Report on sanitation, dispensaries, and jails in Rajputana for 1916, and on vaccination for the year 1916-1917 - 1916-1917
Year: 1916
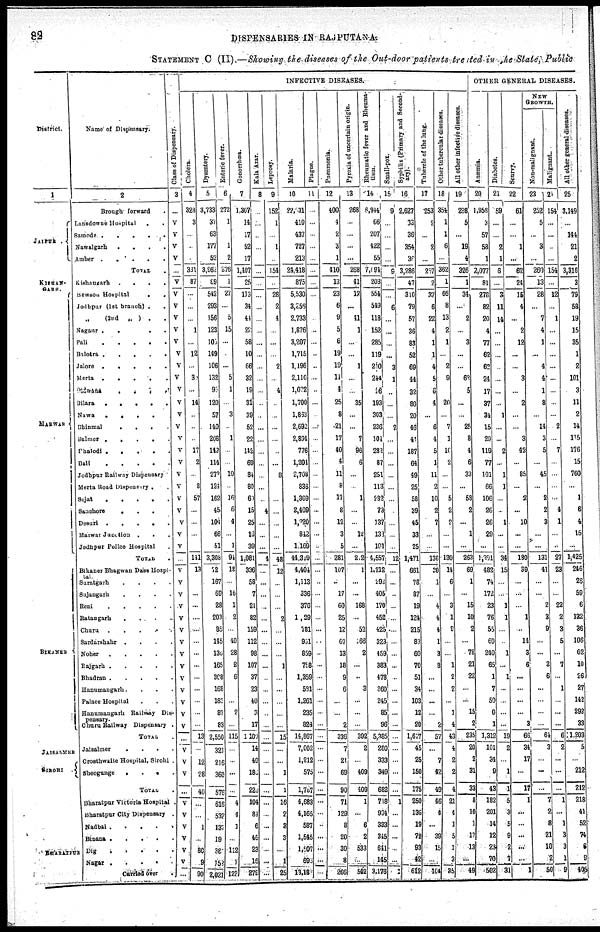
82
DISPENSARIES IN RAJPUTANA.
STATEMENT C (II).—Showing the diseases of the Out-door patients treated in the State, Public
District.
1
JAIPUR .
KISHAN-
GARH.
MARWAR
BIKANER
JAISALMER
SIROHI .
BHARATPUR
Name of Dispensary.
2
Brough forward .
Lansdowne Hospital . .
Samode
.
.
.
.
.
Nawalgarh
.
.
.
.
Amber .
.
.
. .
TOTAL .
Kishangarh .
.
.
.
Bewson Hospital
.
.
Jodhpur (1st branch) .
.
„ (2nd „ ) .
.
Nagaur .
.
. .
Pali
.
.
.
.
.
Balotra
.
.
.
.
.
Jalore .
.
.
.
.
Merta .
.
.
.
.
Didwana
.
.
.
.
Bilara
.
.
.
.
.
Nawa
.
.
.
.
Bhinmal
.
.
.
.
Balmer .
.
.
.
.
Phalodi .
. . . .
Bali
.
.
.
.
.
Jodhpur Railway Dispensary
Merta Road Dispensary . .
Sojat
.
.
.
.
.
Sanchore
.
.
. .
Desuri
.
.
.
.
.
Marwar Junction .
. .
Jodhpur Police Hospital .
TOTAL .
Bikaner Bhagwan Dass Hospi-
tal.
Saratgarh
.
.
.
.
Sujangarh
. . . .
Reni
.
.
.
.
.
Ratangarh
.
.
.
.
Churu .
.
.
.
.
Sardarshahr .
.
.
.
Noher
.
.
.
.
.
Rajgarh
.
.
.
.
.
Bhadran
.
.
.
.
.
Hanumangarh .
.
.
.
Palace Hospital . . .
Hanumangarh Railway Dis-
pensary.
Churu Railway Dispensary .
TOTAL .
Jaisalmer
.
.
.
.
Crosthwaite Hospital, Sirohi .
Sheogunge
.
. . .
TOTAL .
Bharatpur Victoria Hospital .
Bharatpur City Dispensary .
Nadbai
.
.
.
.
.
Binana
.
.
.
.
.
Dig . . . . .
Nagar
.
.
.
.
.
Carried over .
Class of Dispensary.
3
...
V
V
V
V
...
V
V
V
V
V
V
V
V
V
V
V
V
V
V
V
V
V
V
V
V
V
V
V
...
V
V
V
V
V
V
V
V
V
V
V
V
V
V
...
V
V
V
...
V
V
V
V
V
V
...
INFECTIVE DISEASES.
Cholera.
4
328
3
...
...
...
331
87
...
...
...
1
...
12
...
30
...
14
...
...
...
17
2
...
8
57
...
...
...
...
141
13
...
...
...
...
...
...
...
...
...
...
...
...
...
13
...
12
28
40
...
...
1
...
80
9
90
Dysentery.
5
3,733
37
63
177
52
3,962
89
542
293
156
123
105
149
106
132
93
120
57
140
208
142
114
273
124
162
45
104
66
51
3,308
72
167
69
28
203
85
145
136
165
308
168
183
87
83
2,550
321
216
360
576
616
532
137
19
387
152
2,021
Enteric fever.
6
272
1
...
1
2
276
1
27
...
5
15
...
...
...
5
1
...
3
...
1
...
...
10
...
16
6
4
...
1
94
18
...
16
1
2
...
40
28
2
6
...
...
2
...
115
...
...
...
...
4
4
1
...
112
1
122
Gonorrhœa.
7
1,307
14
17
52
17
1,407
25
113
34
44
22
58
10
66
32
19
31
39
52
22
142
69
84
80
61
15
25
16
39
1,081
336
58
7
21
82
159
112
98
107
37
23
40
3
17
1,100
14
40
186
226
104
84
6
46
23
16
279
Kala Azar.
8
...
...
...
...
...
...
...
...
...
...
...
...
...
...
...
...
...
...
...
...
...
...
...
...
...
4
...
...
...
4
...
...
...
...
...
...
...
...
...
...
...
...
...
...
...
...
...
...
...
...
...
...
...
...
...
...
Leprosy.
9
152
1
...
1
...
154
...
28
2
4
...
...
...
2
...
4
...
...
...
...
...
...
8
...
...
...
...
...
...
48
12
...
...
...
2
...
...
...
1
...
...
...
...
...
15
...
...
1
1
16
2
3
3
...
1
25
Malaria.
10
22,331
410
437
727
213
24,418
875
5,530
3,256
2,733
1,876
3,207
1,715
1,196
2,110
1,072
1,700
1,863
2,692
2,894
776
1,204
2,708
838
1,309
2,409
1,220
842
1,169
44,319
4,404
1,113
336
376
1,29
781
931
859
758
1,359
581
1,261
235
824
14,867
7,002
1,212
575
1,767
4,683
4,165
587
1,545
1,507
693
13,189
Plague.
11
...
...
...
...
...
...
...
...
...
...
...
...
...
...
...
...
...
...
...
...
...
...
...
...
...
...
...
...
...
...
...
...
...
...
...
...
...
...
...
...
...
...
...
...
...
...
...
...
...
...
...
...
...
...
...
...
Pneumonia.
12
400
4
2
3
1
410
13
23
6
9
5
6
19
19
11
4
25
8
21
17
40
4
11
8
17
8
12
3
5
281
107
...
17
60
25
12
67
13
18
9
6
...
...
2
336
7
21
69
90
71
129
3
20
30
8
266
Pyrexia of uncertain origin.
13
268
...
...
...
...
268
41
12
...
41
1
...
...
1
...
...
35
...
...
7
96
6
...
...
1
...
...
12
...
212
1
...
...
168
...
52
166
2
...
...
3
...
...
...
392
2
...
409
409
1
...
6
2
533
...
542
Rheumatic fever and Rheuma-
tism.
14
6,944
66
207
422
55
7,694
203
554
549
118
152
285
119
210
244
16
193
303
236
101
282
87
251
113
282
73
137
133
101
4,557
1,212
292
405
170
452
425
323
459
383
478
360
245
85
96
5,385
280
333
349
682
718
994
333
345
641
145
3,176
Small-pox.
15
9
...
...
...
...
9
...
...
6
...
...
...
...
3
1
...
...
...
2
...
...
...
...
...
...
...
...
...
...
12
...
...
...
...
...
...
...
...
...
...
...
...
...
...
...
...
...
...
...
1
...
...
...
...
...
1
Syphilis (Primary and Second-
ary).
16
2,627
33
36
354
36
3,286
47
310
79
57
36
83
52
69
44
32
80
20
46
44
187
64
49
25
58
39
45
33
25
1,471
661
78
87
19
124
215
83
60
70
51
34
103
12
20
1,617
45
25
150
175
250
135
19
72
93
42
512
Tubercle of the lung.
17
253
2
...
2
...
257
2
37
6
22
4
1
1
4
5
6
4
...
6
4
5
1
11
2
10
2
7
...
...
138
30
1
...
4
4
4
1
3
3
...
...
...
...
2
57
...
7
42
49
46
4
...
39
15
...
104
Other-tubercular diseases.
18
354
1
1
6
...
362
1
56
8
13
2
1
...
2
9
...
20
...
7
1
10
2
...
...
5
2
2
...
...
130
14
6
...
3
1
9
...
...
1
2
2
...
1
4
43
4
2
2
4
21
4
1
5
1
3
35
All other infective diseases.
19
298
5
...
19
4
326
1
34
...
2
...
3
...
...
68
5
...
...
25
8
4
6
33
...
58
2
...
4
...
263
69
1
...
15
10
2
...
78
21
22
...
...
15
2
235
20
2
31
33
8
10
1
17
13
...
49
OTHER GENERAL DISEASES.
Anæmia.
20
1,958
3
57
58
1
2,077
81
278
82
20
4
77
62
62
24
17
37
34
15
29
119
77
101
66
106
26
26
29
...
1,291
482
74
172
23
76
55
60
240
65
1
7
50
9
1
1,312
101
34
9
43
182
201
14
12
23
70
502
Diabetes.
21
59
...
...
2
1
8
...
3
11
14
...
...
...
...
...
...
...
1
...
...
2
...
1
1
...
...
1
...
...
34
15
...
...
1
1
...
...
1
...
1
...
...
...
...
19
2
...
1
1
5
3
5
9
2
7
31
Scurvy.
22
61
...
...
1
...
62
24
15
4
...
2
12
...
...
3
...
2
...
...
3
42
...
85
...
2
...
10
...
...
180
39
...
...
...
1
...
14
3
6
...
...
...
...
3
66
34
17
...
17
1
...
...
...
...
...
1
NEW
GROWTH.
Non-malignant.
23
252
5
...
3
...
260
13
28
...
7
4
1
...
4
4
1
8
...
14
3
5
...
45
...
2
2
3
...
...
131
41
...
...
2
3
9
...
...
3
6
...
...
...
...
64
3
...
...
...
7
2
3
21
10
2
50
Malignant.
24
154
...
...
...
...
154
...
12
...
1
...
...
...
...
...
...
...
...
2
...
7
...
...
...
...
4
1
...
...
27
23
...
...
22
2
3
5
...
7
...
1
...
...
...
6
2
...
...
...
1
...
1
3
3
1
9
All other general diseases.
25
3,149
...
144
21
2
3,316
3
79
58
19
15
35
1
2
101
3
11
2
14
115
176
15
760
...
1
6
4
15
...
1,425
246
26
59
6
132
36
106
62
10
26
27
142
292
33
1,203
5
...
212
212
218
41
52
74
6
9
405